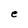
Character: e